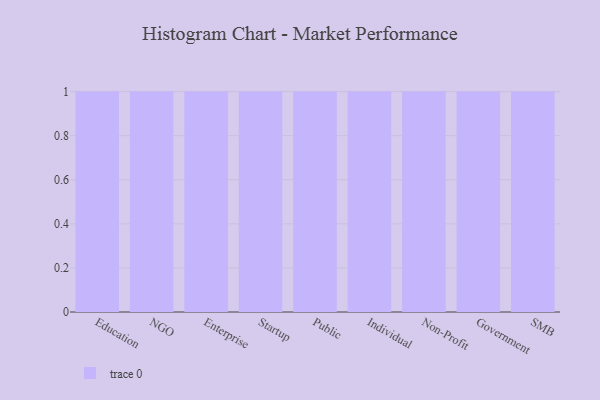
{"axis": {"x": "Segment", "y": "Tickets Resolved"}, "legend": [""], "data": [{"x": "Education", "y": 45, "type": ""}, {"x": "NGO", "y": 40, "type": ""}, {"x": "Enterprise", "y": 62, "type": ""}, {"x": "Startup", "y": 68, "type": ""}, {"x": "Public", "y": 32, "type": ""}, {"x": "Individual", "y": 59, "type": ""}, {"x": "Non-Profit", "y": 93, "type": ""}, {"x": "Government", "y": 14, "type": ""}, {"x": "SMB", "y": 91, "type": ""}]}